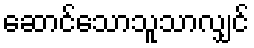
ဆောင်သောသူသာလျှင်